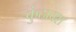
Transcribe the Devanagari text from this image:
कुंठावश